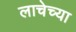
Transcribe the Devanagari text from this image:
लाचेच्या